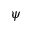
\psi